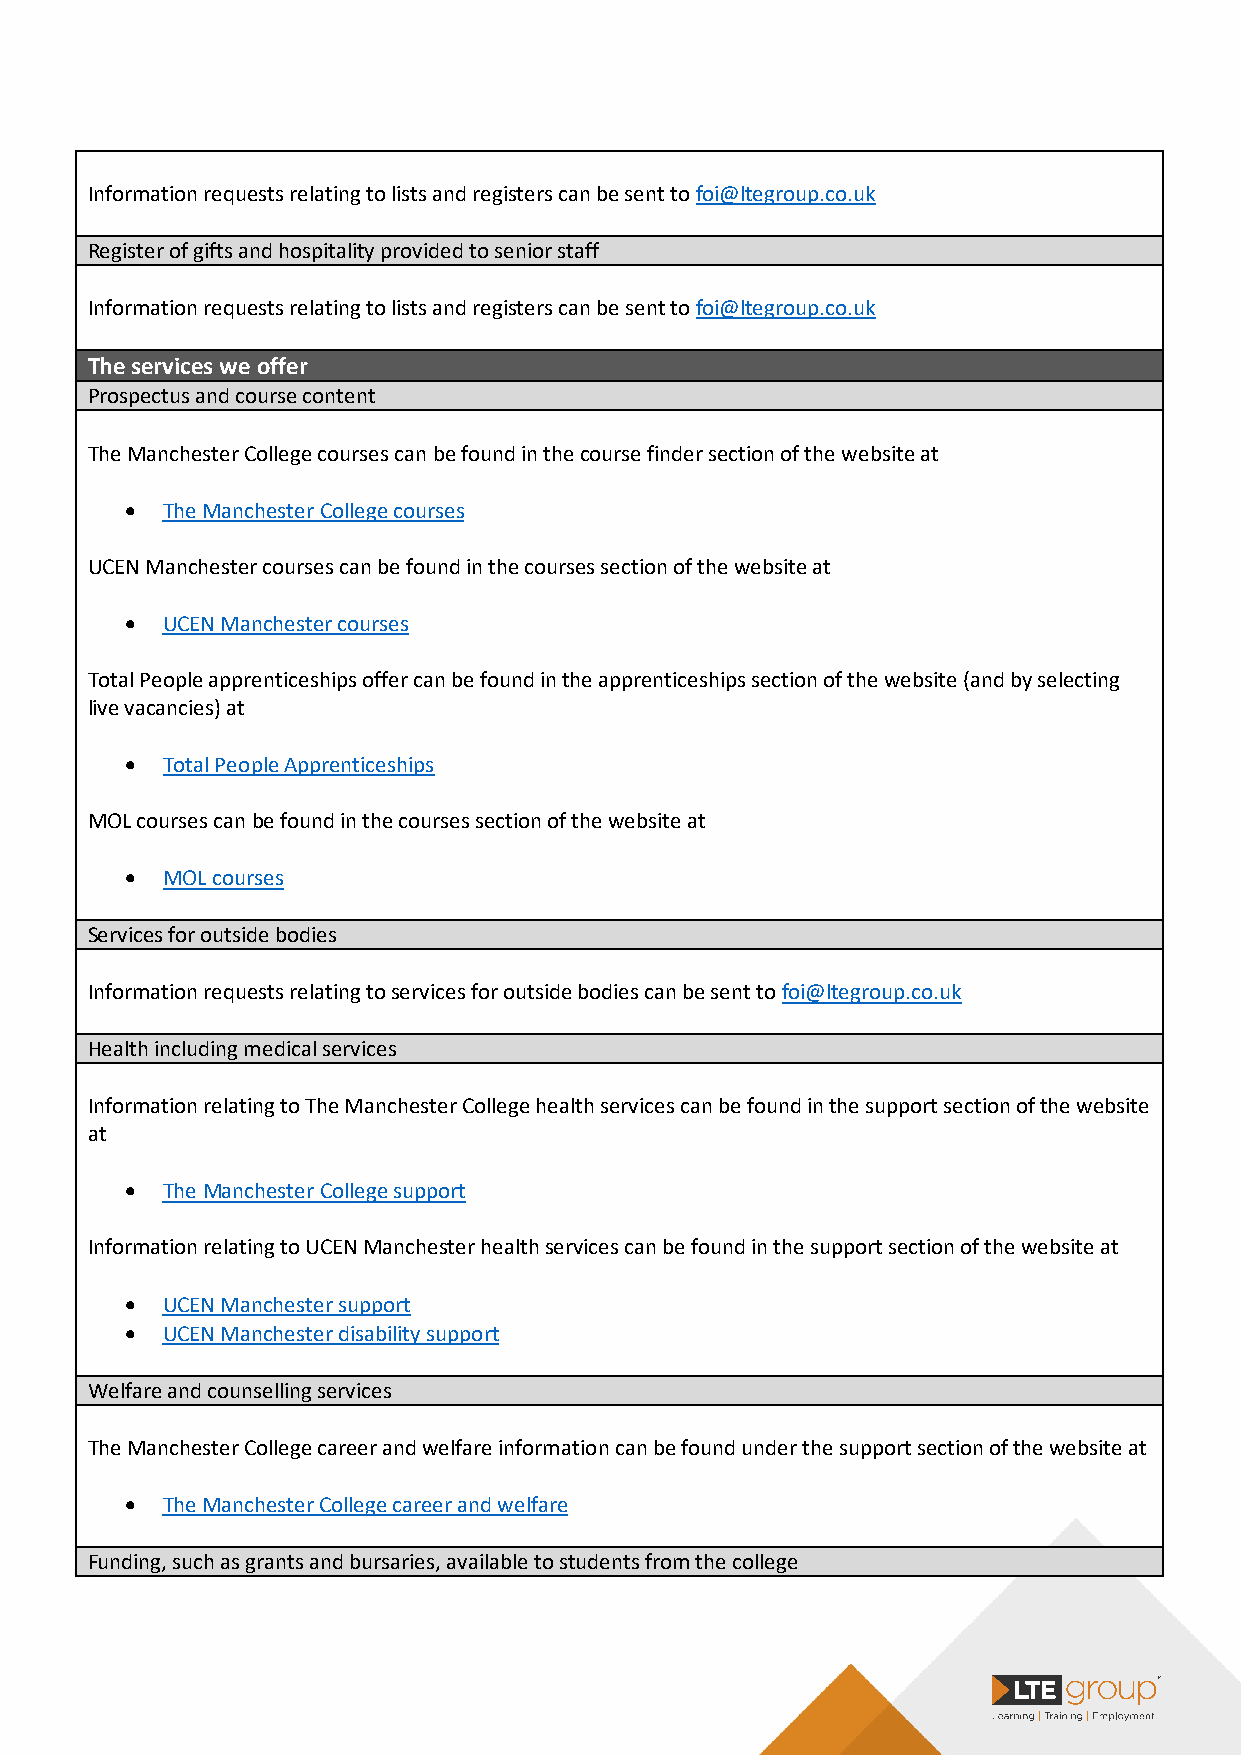
Information requests relating to lists and registers can be sent to foi@ltegroup.co.uk
 Register of gifts and hospitality provided to senior staff
 Information requests relating to lists and registers can be sent to foi@ltegroup.co.uk
 The services we offer
 Prospectus and course content
 The Manchester College courses can be found in the course finder section of the website at
 •  The Manchester College courses
 UCEN Manchester courses can be found in the courses section of the website at
 •  UCEN Manchester courses
 Total People apprenticeships offer can be found in the apprenticeships section of the website (and by selecting
 live vacancies) at
 •  Total People Apprenticeships
 MOL courses can be found in the courses section of the website at
 •  MOL courses
 Services for outside bodies
 Information requests relating to services for outside bodies can be sent to foi@ltegroup.co.uk
 Health including medical services
 Information relating to The Manchester College health services can be found in the support section of the website
 at
 •  The Manchester College support
 Information relating to UCEN Manchester health services can be found in the support section of the website at
 •  UCEN Manchester support
 •  UCEN Manchester disability support
 Welfare and counselling services
 The Manchester College career and welfare information can be found under the support section of the website at
 •  The Manchester College career and welfare
 Funding, such as grants and bursaries, available to students from the college